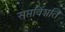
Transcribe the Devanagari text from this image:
सप्तविंशति